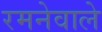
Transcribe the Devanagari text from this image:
रमनेवाले